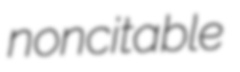
noncitable